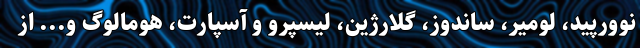
نوورپید، لومیر، ساندوز، گلارژین، لیسپرو و آسپارت، هومالوگ و... از